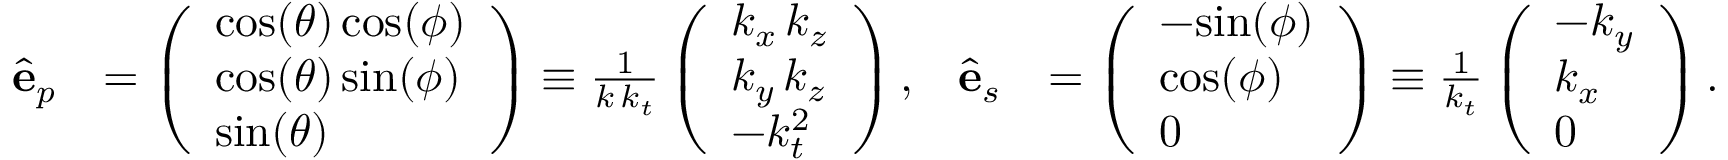
\begin{array} { r l r l } { \hat { \mathbf { e } } _ { p } } & { = \left( \begin{array} { l } { \mathrm { c o s } ( \theta ) \, \mathrm { c o s } ( \phi ) } \\ { \mathrm { c o s } ( \theta ) \, \mathrm { s i n } ( \phi ) } \\ { \mathrm { s i n } ( \theta ) } \end{array} \right) \equiv \frac { 1 } { k \, k _ { t } } \left( \begin{array} { l } { k _ { x } \, k _ { z } } \\ { k _ { y } \, k _ { z } } \\ { - k _ { t } ^ { 2 } } \end{array} \right) , } & { \hat { \mathbf { e } } _ { s } } & { = \left( \begin{array} { l } { - \mathrm { s i n } ( \phi ) } \\ { \mathrm { c o s } ( \phi ) } \\ { 0 } \end{array} \right) \equiv \frac { 1 } { k _ { t } } \left( \begin{array} { l } { - k _ { y } } \\ { k _ { x } } \\ { 0 } \end{array} \right) . } \end{array}